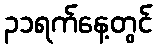
၃၁ရက်နေ့တွင်